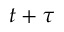
t + \tau